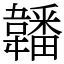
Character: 䪛